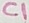
Text: C1